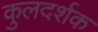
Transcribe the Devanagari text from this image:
कुलदर्शक